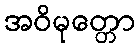
အဝိမုတ္တော